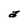
Character: a